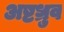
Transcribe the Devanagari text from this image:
अष्टध्रुव